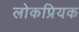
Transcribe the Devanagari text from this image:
लोकप्रियक